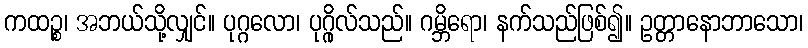
ကထဉ္စ၊ အဘယ်သို့လျှင်။ ပုဂ္ဂလော၊ ပုဂ္ဂိုလ်သည်။ ဂမ္ဘိရော၊ နက်သည်ဖြစ်၍။ ဥတ္တာနောဘာသော၊